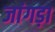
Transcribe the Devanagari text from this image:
जांगड़ा